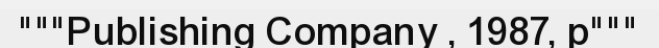
"""Publishing Company , 1987, p"""